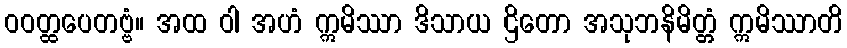
ဝဝတ္ထပေတဗ္ဗံ။ အထ ဝါ အဟံ ဣမိဿာ ဒိသာယ ဌိတော အသုဘနိမိတ္တံ ဣမိဿာတိ